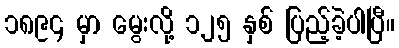
၁၈၉၄ မှာ မွေးလို့ ၁၂၅ နှစ် ပြည့်ခဲ့ပါပြီ။